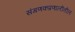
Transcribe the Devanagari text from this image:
संगणकप्रणालीतील